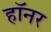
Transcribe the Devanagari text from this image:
हॉनर